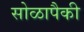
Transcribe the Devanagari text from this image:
सोळापैकी